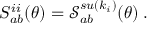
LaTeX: S _ { a b } ^ { i i } ( \theta ) = \mathcal { S } _ { a b } ^ { s u ( k _ { i } ) } ( \theta ) \; .